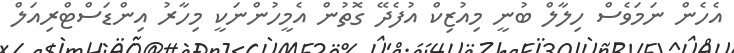
އެހެން ނަމަވެސް ހިލާލް ބުނީ މިއުޒިކް އުފެދޭ ގޮތުން އެމީހުންނަކީ މިހާރު އިންޑަސްޓްރިއަލް